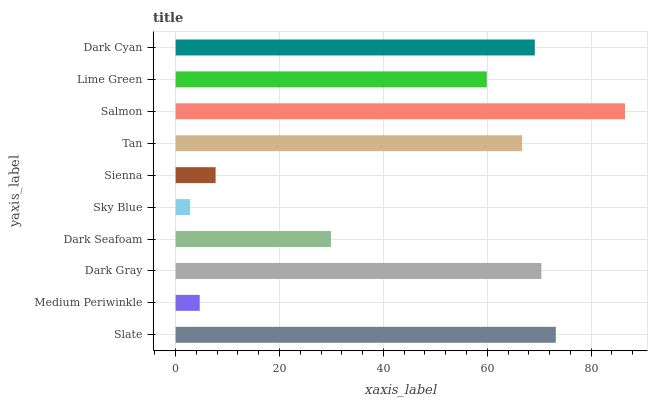
| yaxis_label | bars |
 | --- | --- |
 | Slate | 73.2 |
 | Medium Periwinkle | 4.64 |
 | Dark Gray | 70.4 |
 | Dark Seafoam | 29.9 |
 | Sky Blue | 2.77 |
 | Sienna | 7.7 |
 | Tan | 66.7 |
 | Salmon | 86.5 |
 | Lime Green | 59.9 |
 | Dark Cyan | 69.1 |